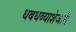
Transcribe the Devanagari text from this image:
धबधब्याशेजारी